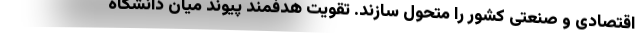
اقتصادی و صنعتی کشور را متحول سازند. تقویت هدفمند پیوند میان دانشگاه